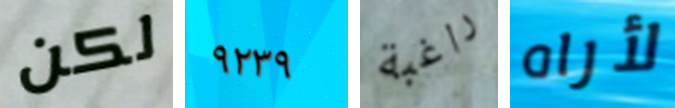
لكن ٩٢٣٩ راغبة لأراه